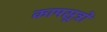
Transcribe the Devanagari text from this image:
कामसूत्रों